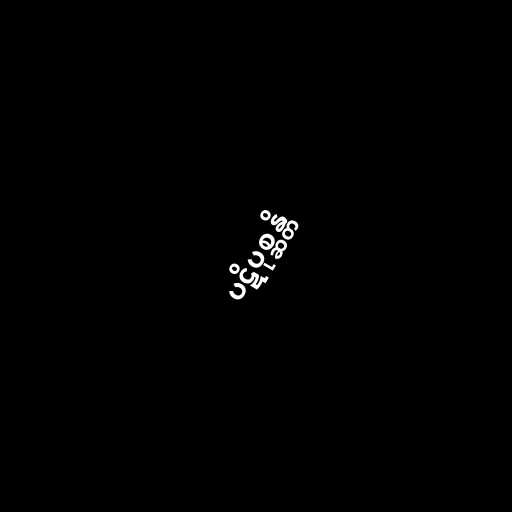
ပဋိပုစ္ဆန္တိ